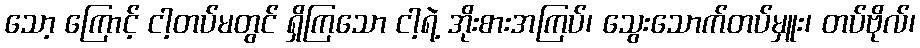
သော့ ကြောင့် ငါ့တပ်မတွင် ရှိကြသော ငါ့ရဲ့ အိုးစားအကြပ်၊ သွေးသောက်တပ်မှူး၊ တပ်ဗိုလ်၊